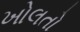
ખોલતો